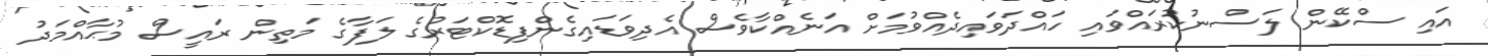
އައި ސްކޭން ލަސްނުކުރައްވައި ހައްދަވައިދެއްވުމަށް އަނެއްކާވެސް އެދިވަޑައިގެންފިޑޮކްޓަރުގެ ލަފާގެ މަތިން ރައީސް މުޙާއްމަދު